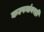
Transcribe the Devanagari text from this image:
कल्पनांवरही